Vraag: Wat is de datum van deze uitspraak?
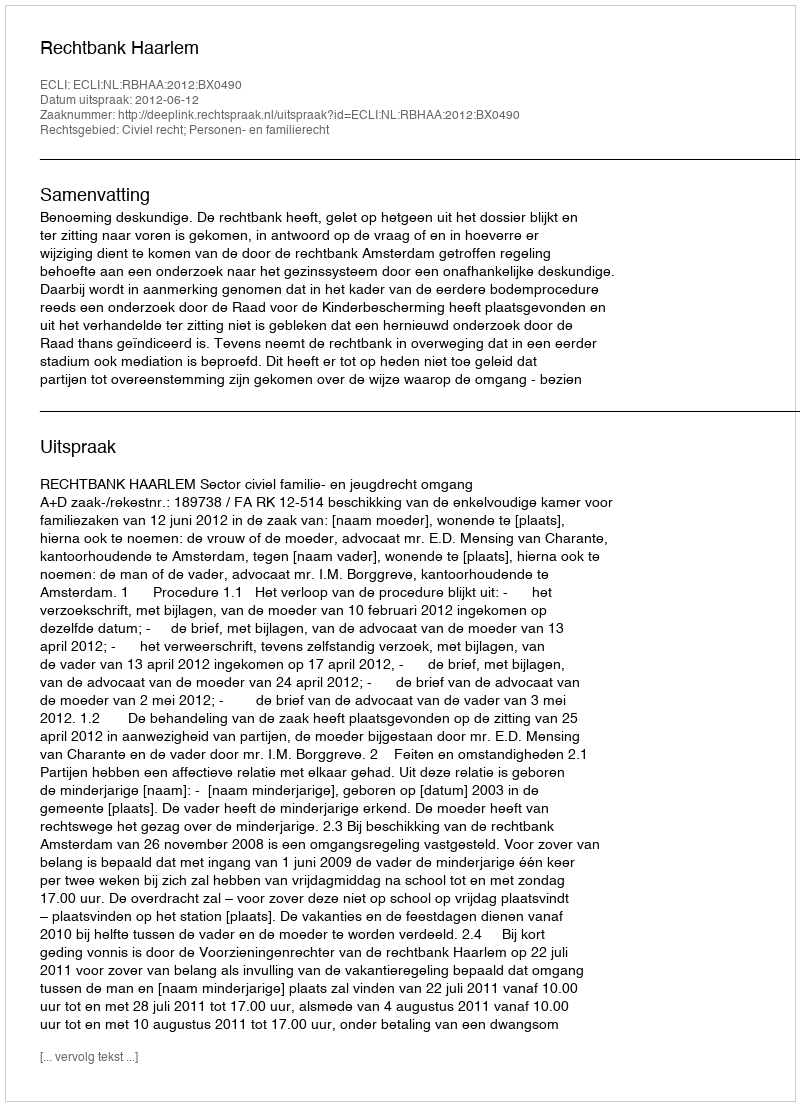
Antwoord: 2012-06-12